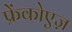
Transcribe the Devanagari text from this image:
फ्रेंकोएज़